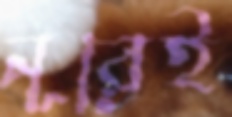
নূরেই